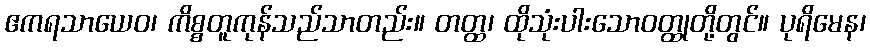
ဧကရသာယေဝ၊ ကိစ္စတူကုန်သည်သာတည်း။ တတ္ထ၊ ထိုသုံးပါးသောဝတ္ထုတို့တွင်။ ပုရိမေန၊